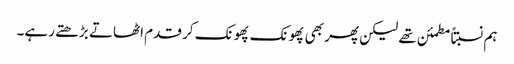
ہم نسبتاً مطمئن تھے لیکن پھر بھی پھونک پھونک کر قدم اٹھاتے بڑھتے رہے۔